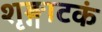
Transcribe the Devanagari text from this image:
शृङ्गाटकं